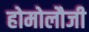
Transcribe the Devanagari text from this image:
होमोलौजी